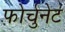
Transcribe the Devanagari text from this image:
फोर्चुनेट